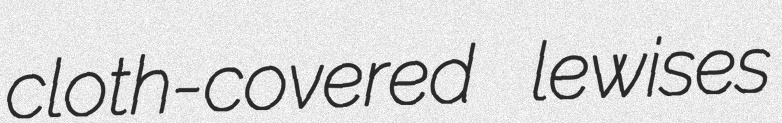
cloth-covered lewises